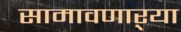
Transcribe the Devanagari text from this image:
सामावणाऱ्या